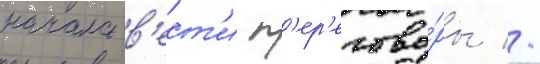
начала в'ест'и п'ер'егово́ры //